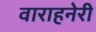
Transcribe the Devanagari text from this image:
वाराहनेरी